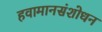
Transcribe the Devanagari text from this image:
हवामानसंशोधन